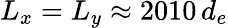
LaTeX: L_{x}=L_{y}\approx 2010\, d_{e}